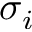
\sigma _ { i }